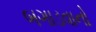
બગાડવાનો